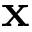
{ \bf x }